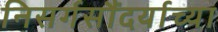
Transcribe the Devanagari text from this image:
निसर्गसौंदर्याच्या